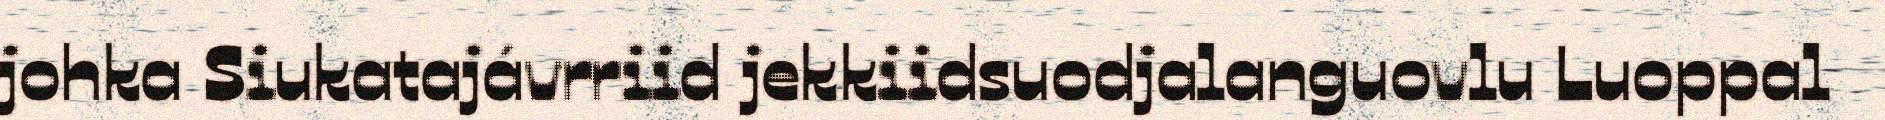
johka Siukatajávrriid jekkiidsuodjalanguovlu Luoppal